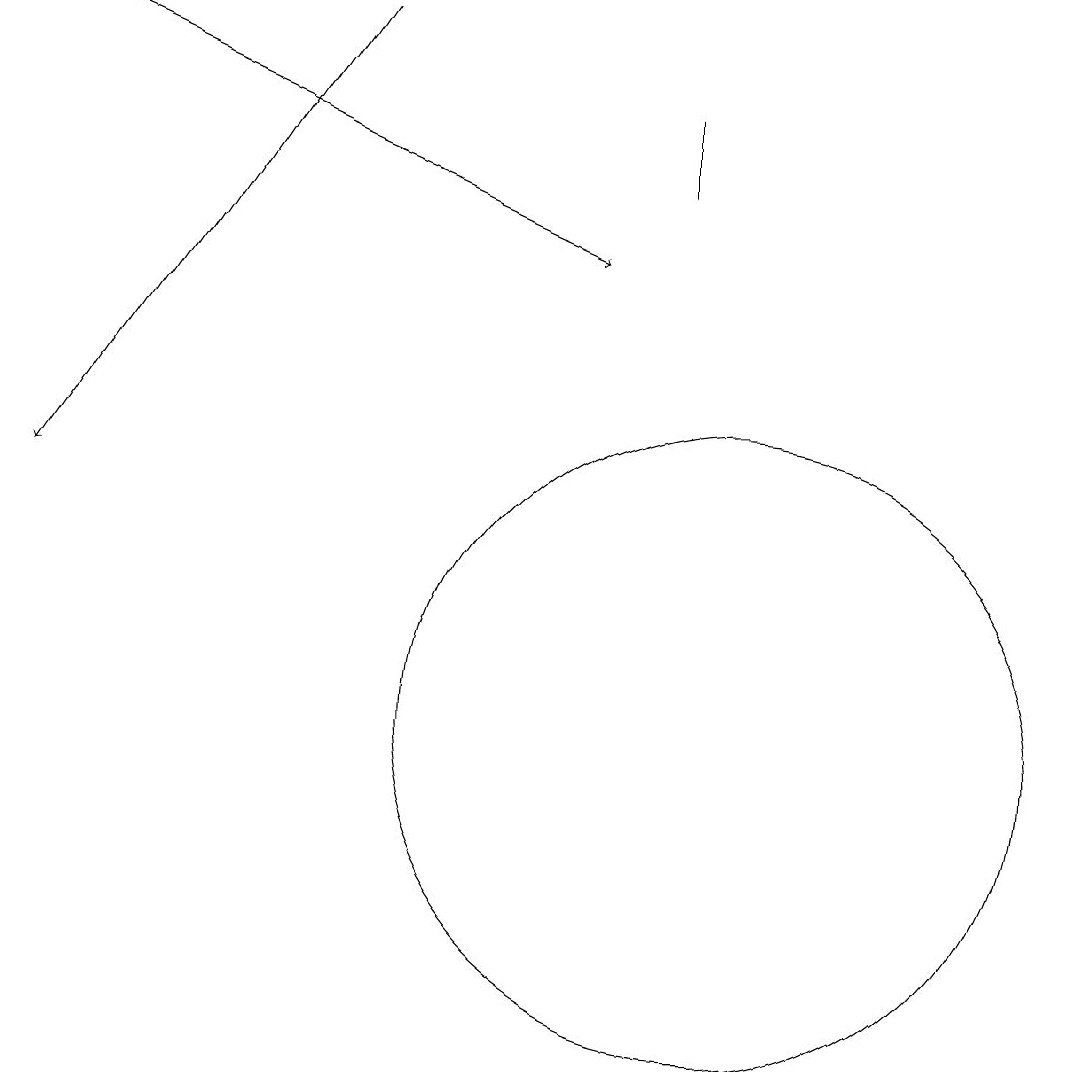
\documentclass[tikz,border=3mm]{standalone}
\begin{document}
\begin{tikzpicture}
\draw[->] (1,19) -- (8,16);
\draw (10,10) circle (4);
\draw (9,17) rectangle (9,18);
\draw (10,12) circle (0);
\draw[->] (5,19) -- (1,13);
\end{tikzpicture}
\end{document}